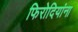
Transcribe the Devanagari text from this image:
फिरोदियांना